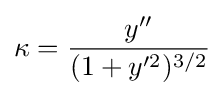
\kappa ={\frac {y''}{(1+y'^{2})^{3/2}}}